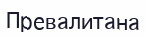
Превалитана